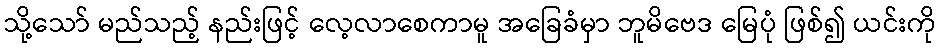
သို့သော် မည်သည့် နည်းဖြင့် လေ့လာစေကာမူ အခြေခံမှာ ဘူမိဗေဒ မြေပုံ ဖြစ်၍ ယင်းကို